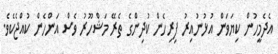
އެދެމީހުން ކިޔަވަން އުޅުނުއިރު ފިރިހެން ކުދިންގެ ތެރޭ މަޝްހޫރު ވެސް އަންހެން ކުއްޖެކެވެ.